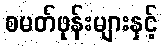
စမတ်ဖုန်းများနှင့်